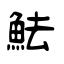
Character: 魼